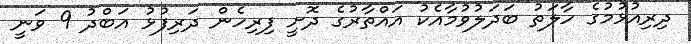
ދިރިއުޅުމުގެ ހާލަތު ބަދަލުވުމާއެކު އައްތާރުގެ ދޮށީ ފިރިހެން ދަރިފުޅު އަބްދު 9 ވަނީ